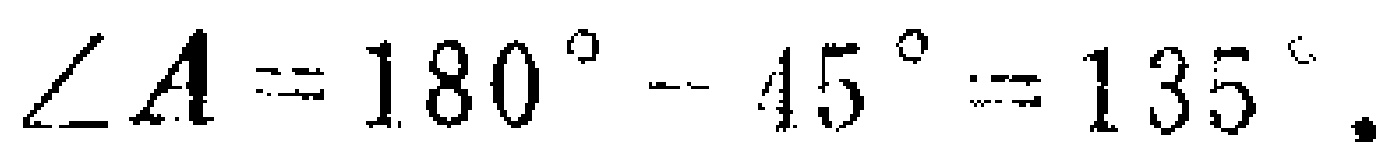
$\angle A = 180^{\circ}-45^{\circ}=135^{\circ}.$